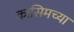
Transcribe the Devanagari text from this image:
कासिमच्या